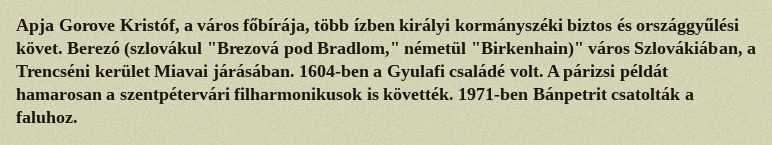
Apja Gorove Kristóf, a város főbírája, több ízben királyi kormányszéki biztos és országgyűlési követ. Berezó (szlovákul "Brezová pod Bradlom," németül "Birkenhain)" város Szlovákiában, a Trencséni kerület Miavai járásában. 1604-ben a Gyulafi családé volt. A párizsi példát hamarosan a szentpétervári filharmonikusok is követték. 1971-ben Bánpetrit csatolták a faluhoz.